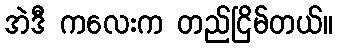
အဲဒီ ကလေးက တည်ငြိမ်တယ်။